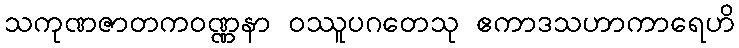
သကုဏဇာတကဝဏ္ဏနာ ဝဿူပဂတေသု ဧကာဒသဟာကာရေဟိ